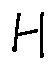
H